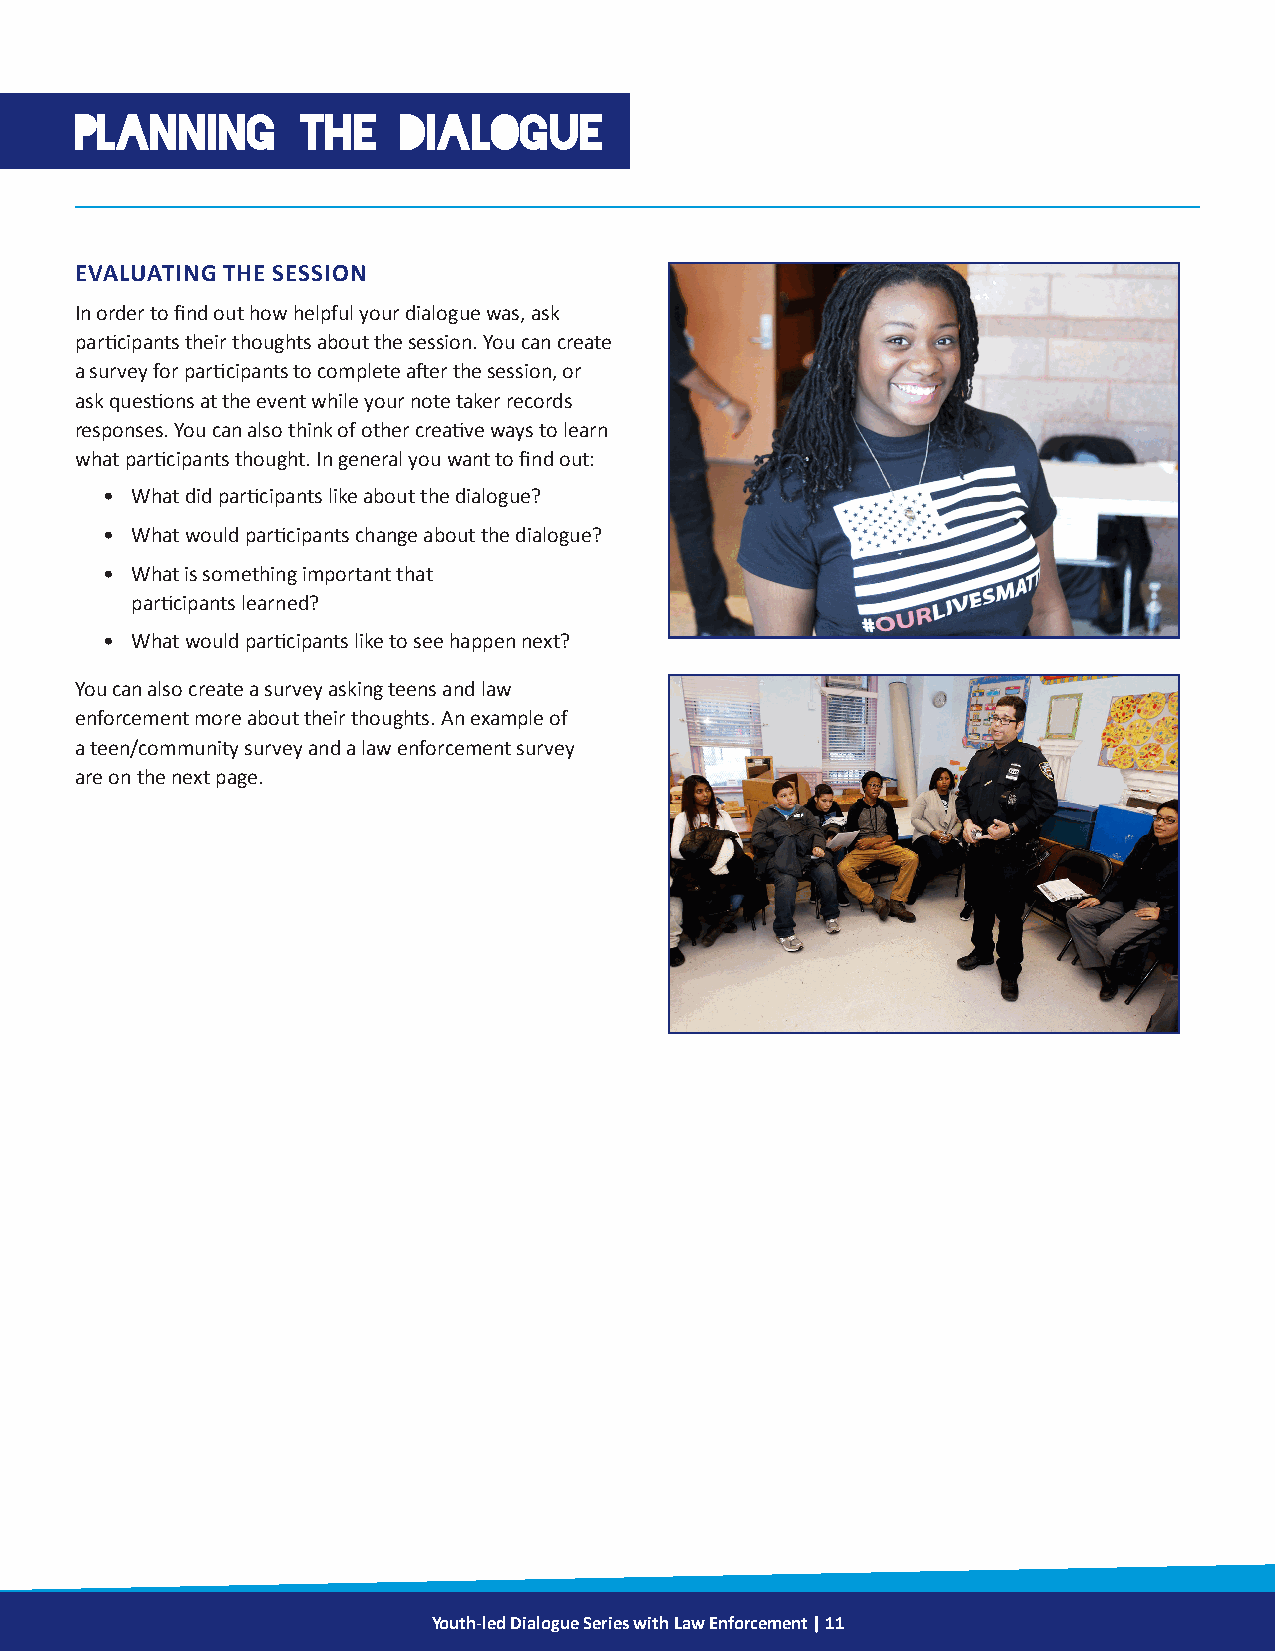
PLANNING       THE    DIALOGUE
 EVALUATING THE SESSION
 In order to find out how helpful your dialogue was, ask
 participants their thoughts about the session. You can create
 a survey for participants to complete after the session, or
 ask questions at the event while your note taker records
 responses. You can also think of other creative ways to learn
 what participants thought. In general you want to find out:
 • What did participants like about the dialogue?
 • What would participants change about the dialogue?
 • What is something important that
 participants learned?
 • What would participants like to see happen next?
 You can also create a survey asking teens and law
 enforcement more about their thoughts. An example of
 a teen/community survey and a law enforcement survey
 are on the next page.
 Youth-led Dialogue Series with Law Enforcement | 11